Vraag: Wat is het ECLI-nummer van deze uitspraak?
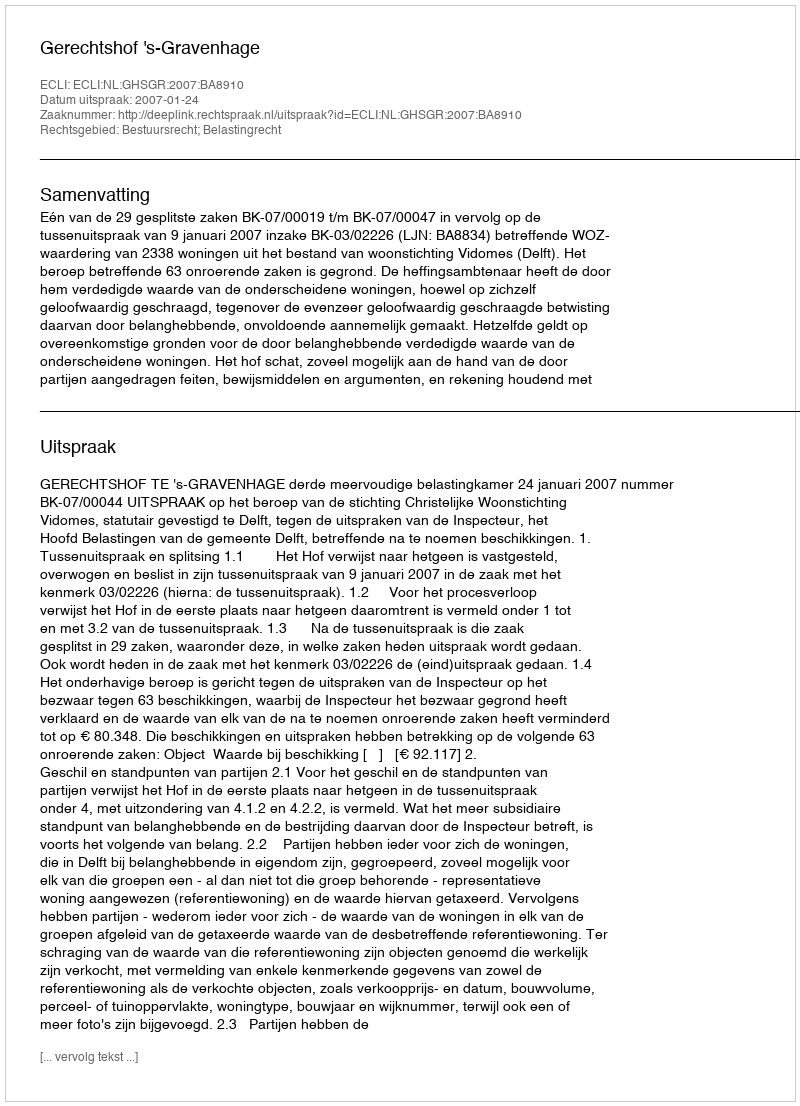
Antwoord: ECLI:NL:GHSGR:2007:BA8910